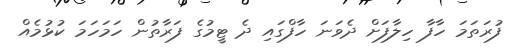
ފުރަތަމަ ހާފާ ހިލާފަށް ދެވަނަ ހާފްގައި ދެ ޓީމުގެ ފަރާތުން ހަމަހަމަ ކުޅުމެއް